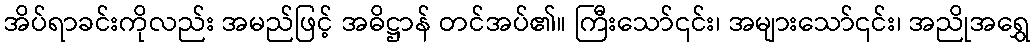
အိပ်ရာခင်းကိုလည်း အမည်ဖြင့် အဓိဋ္ဌာန် တင်အပ်၏။ ကြီးသော်၎င်း၊ အများသော်၎င်း၊ အညိုအရွှေ